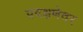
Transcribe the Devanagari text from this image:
प्रदक्षणेवर